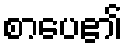
စာပေ၏